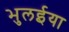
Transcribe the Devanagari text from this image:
भुलईया